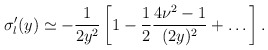
\begin{align*}{\sigma}'_l(y)\simeq-\frac{1}{2 y^2}\left[1-\frac{1}{2}\frac{4\nu^2-1}{(2 y)^2}+\dots\right].\end{align*}